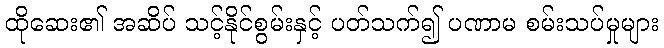
ထိုဆေး၏ အဆိပ် သင့်နိုင်စွမ်းနှင့် ပတ်သက်၍ ပဏာမ စမ်းသပ်မှုများ